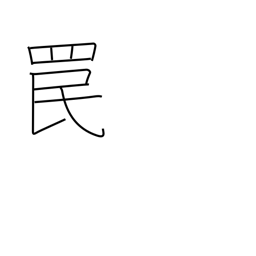
Meaning: snare